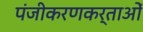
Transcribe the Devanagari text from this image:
पंजीकरणकर्ताओं